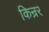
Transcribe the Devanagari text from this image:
किन्रर